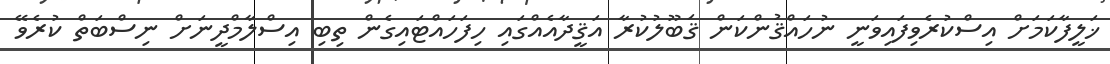
ޚަލީފާކަމަށް އިސްކުރެވިފައިވަނީ ނުހައްޤުންކަން ޤަބޫލުކުރާ އަޤީދާއެއްގައި ހިފަހައްޓައިގެން ތިބި އިސްލާމްދީނަށް ނިސްބަތް ކުރެވޭ